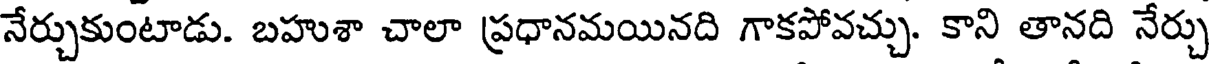
నేర్చుకుంటాడు. బహుశా చాలా ప్రధానమయినది గాకపోవచ్చు. కాని తానది నేర్చు